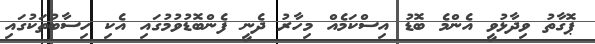
ޕޮގާތު ވިދާޅުވީ އެންމެ ބޮޑު އިސްކަމެއް މިހާރު ދެނީ ފެންބޮޑުވުމުގައި އެކި ހިސާބުތަކުގައި